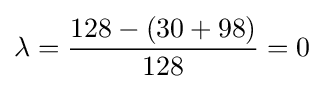
\lambda ={\frac {128-(30+98)}{128}}=0